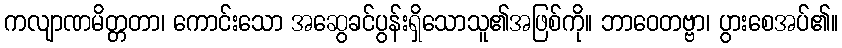
ကလျာဏမိတ္တတာ၊ ကောင်းသော အဆွေခင်ပွန်းရှိသောသူ၏အဖြစ်ကို။ ဘာဝေတဗ္ဗာ၊ ပွားစေအပ်၏။